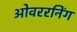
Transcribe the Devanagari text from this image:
ओवररनिंग